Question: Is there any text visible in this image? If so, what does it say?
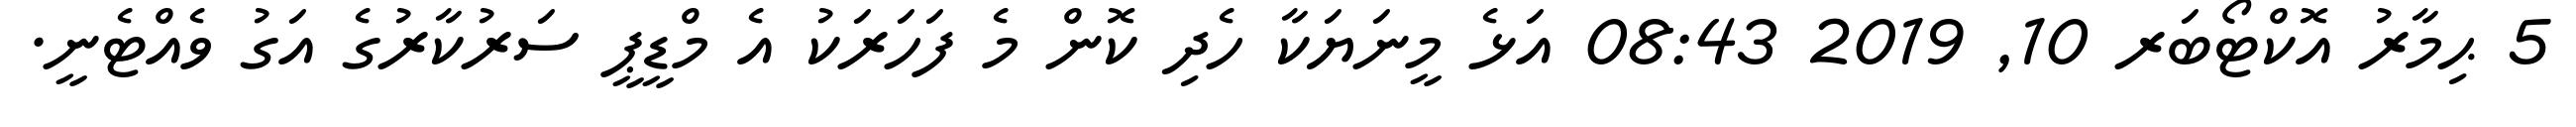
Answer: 5 ޙިމާރު އޮކްޓޯބަރ 10, 2019 08:43 އަޅެ މީނަޔަކާ ހެދި ކޮން މެ ފަހަރަކު އެ މްޑީޕީ ސަރުކާރުގެ އަގު ވެއްޓެނީ.